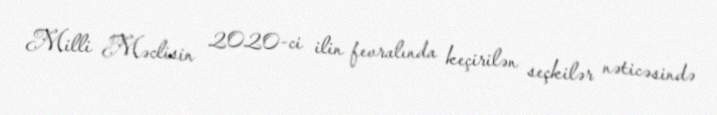
Milli Məclisin 2020-ci ilin fevralında keçirilən seçkilər nəticəsində